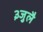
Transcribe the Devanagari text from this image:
३जुलै